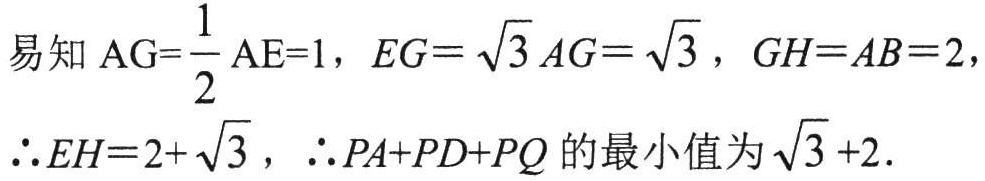
易知\(AG = \frac{1}{2}AE = 1\)，\(EG = \sqrt{3}AG=\sqrt{3}\)，\(GH = AB = 2\)，
\(\therefore EH=2 + \sqrt{3}\)，\(\therefore PA + PD+PQ\)的最小值为\(\sqrt{3}+2\).